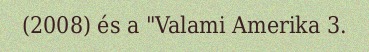
(2008) és a "Valami Amerika 3.